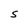
Character: S